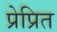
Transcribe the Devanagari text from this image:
प्रेप्रित